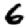
Digit: 6